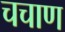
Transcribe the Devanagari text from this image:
चचाण